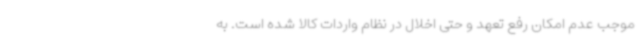
موجب عدم امکان رفع تعهد و حتی اخلال در نظام واردات کالا شده است. به